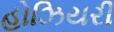
હોઝિયરી